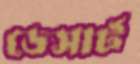
ডেসার্ট